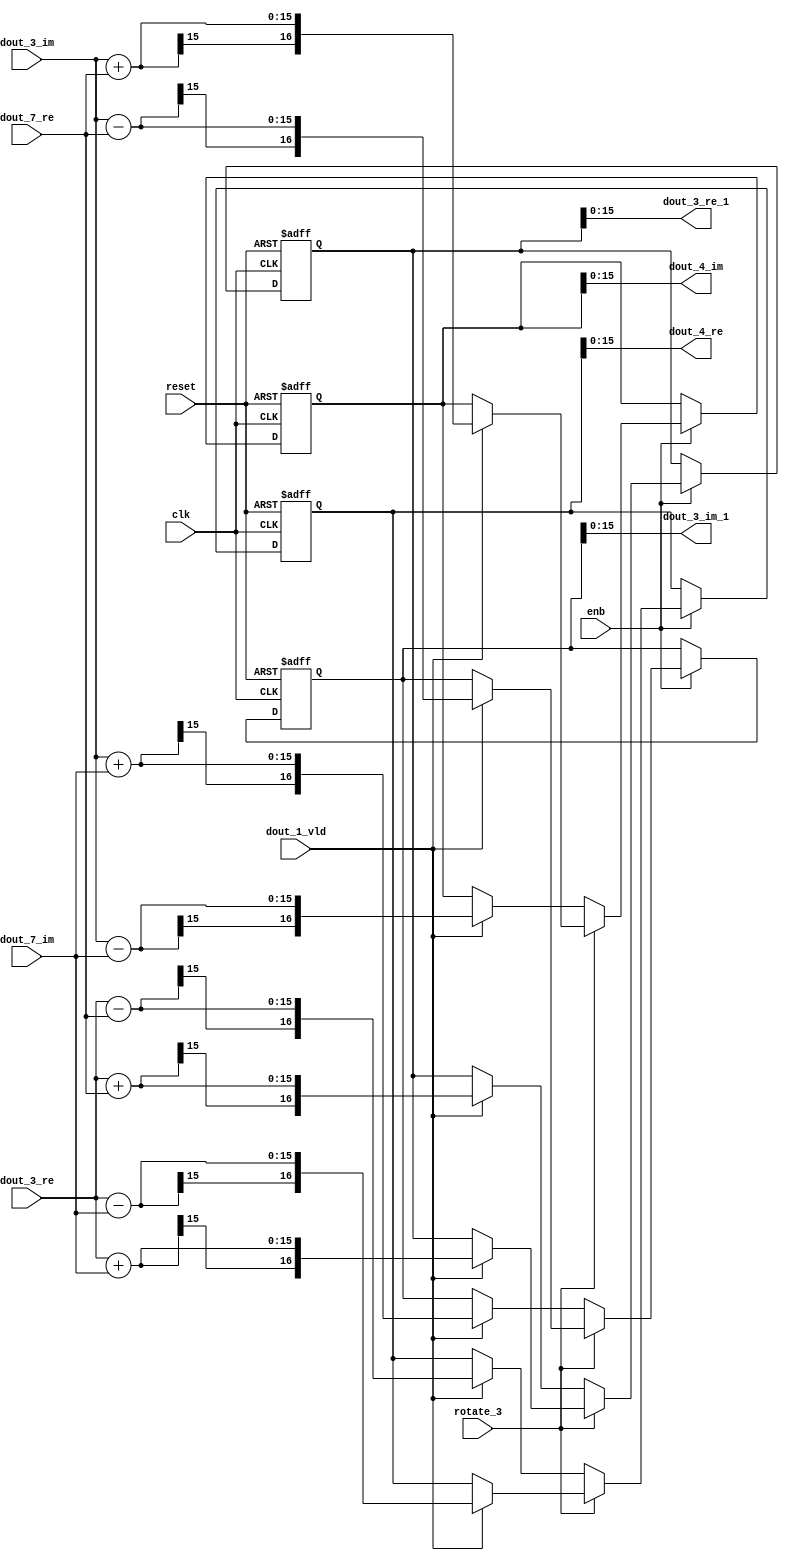
// -------------------------------------------------------------
// 
// 
// Generated by MATLAB 9.14 and HDL Coder 4.1
// 
// -------------------------------------------------------------


// -------------------------------------------------------------
// 
// Module: RADIX22FFT_SDNF2_4_block
// Source Path: RSP/RSP/Velocity Processor/Doppler Processing/Doppler Processor/FFT/RADIX22FFT_SDNF2_4
// Hierarchy Level: 5
// 
// -------------------------------------------------------------

`timescale 1 ns / 1 ns

module RADIX22FFT_SDNF2_4_block
          (clk,
           reset,
           enb,
           rotate_3,
           dout_3_re,
           dout_3_im,
           dout_7_re,
           dout_7_im,
           dout_1_vld,
           dout_3_re_1,
           dout_3_im_1,
           dout_4_re,
           dout_4_im);


  input   clk;
  input   reset;
  input   enb;
  input   rotate_3;  // ufix1
  input   signed [14:0] dout_3_re;  // sfix15_En10
  input   signed [14:0] dout_3_im;  // sfix15_En10
  input   signed [14:0] dout_7_re;  // sfix15_En10
  input   signed [14:0] dout_7_im;  // sfix15_En10
  input   dout_1_vld;
  output  signed [15:0] dout_3_re_1;  // sfix16_En10
  output  signed [15:0] dout_3_im_1;  // sfix16_En10
  output  signed [15:0] dout_4_re;  // sfix16_En10
  output  signed [15:0] dout_4_im;  // sfix16_En10


  wire signed [15:0] din1_re;  // sfix16_En10
  wire signed [15:0] din1_im;  // sfix16_En10
  wire signed [15:0] din2_re;  // sfix16_En10
  wire signed [15:0] din2_im;  // sfix16_En10
  reg  Radix22ButterflyG2_NF_din_vld_dly;
  reg signed [16:0] Radix22ButterflyG2_NF_btf1_re_reg;  // sfix17
  reg signed [16:0] Radix22ButterflyG2_NF_btf1_im_reg;  // sfix17
  reg signed [16:0] Radix22ButterflyG2_NF_btf2_re_reg;  // sfix17
  reg signed [16:0] Radix22ButterflyG2_NF_btf2_im_reg;  // sfix17
  reg  Radix22ButterflyG2_NF_din_vld_dly_next;
  reg signed [16:0] Radix22ButterflyG2_NF_btf1_re_reg_next;  // sfix17_En10
  reg signed [16:0] Radix22ButterflyG2_NF_btf1_im_reg_next;  // sfix17_En10
  reg signed [16:0] Radix22ButterflyG2_NF_btf2_re_reg_next;  // sfix17_En10
  reg signed [16:0] Radix22ButterflyG2_NF_btf2_im_reg_next;  // sfix17_En10
  reg signed [15:0] dout_3_re_2;  // sfix16_En10
  reg signed [15:0] dout_3_im_2;  // sfix16_En10
  reg signed [15:0] dout_4_re_1;  // sfix16_En10
  reg signed [15:0] dout_4_im_1;  // sfix16_En10
  reg  dout_4_vld;
  reg signed [16:0] Radix22ButterflyG2_NF_add_cast;  // sfix17_En10
  reg signed [16:0] Radix22ButterflyG2_NF_add_cast_0;  // sfix17_En10
  reg signed [16:0] Radix22ButterflyG2_NF_add_cast_1;  // sfix17_En10
  reg signed [16:0] Radix22ButterflyG2_NF_add_cast_2;  // sfix17_En10
  reg signed [16:0] Radix22ButterflyG2_NF_sub_cast;  // sfix17_En10
  reg signed [16:0] Radix22ButterflyG2_NF_sub_cast_0;  // sfix17_En10
  reg signed [16:0] Radix22ButterflyG2_NF_sub_cast_1;  // sfix17_En10
  reg signed [16:0] Radix22ButterflyG2_NF_sub_cast_2;  // sfix17_En10
  reg signed [16:0] Radix22ButterflyG2_NF_add_cast_3;  // sfix17_En10
  reg signed [16:0] Radix22ButterflyG2_NF_add_cast_4;  // sfix17_En10
  reg signed [16:0] Radix22ButterflyG2_NF_add_cast_5;  // sfix17_En10
  reg signed [16:0] Radix22ButterflyG2_NF_add_cast_6;  // sfix17_En10
  reg signed [16:0] Radix22ButterflyG2_NF_sub_cast_3;  // sfix17_En10
  reg signed [16:0] Radix22ButterflyG2_NF_sub_cast_4;  // sfix17_En10
  reg signed [16:0] Radix22ButterflyG2_NF_sub_cast_5;  // sfix17_En10
  reg signed [16:0] Radix22ButterflyG2_NF_sub_cast_6;  // sfix17_En10


  assign din1_re = {dout_3_re[14], dout_3_re};



  assign din1_im = {dout_3_im[14], dout_3_im};



  assign din2_re = {dout_7_re[14], dout_7_re};



  assign din2_im = {dout_7_im[14], dout_7_im};



  // Radix22ButterflyG2_NF
  always @(posedge clk or posedge reset)
    begin : Radix22ButterflyG2_NF_process
      if (reset == 1'b1) begin
        Radix22ButterflyG2_NF_din_vld_dly <= 1'b0;
        Radix22ButterflyG2_NF_btf1_re_reg <= 17'sb00000000000000000;
        Radix22ButterflyG2_NF_btf1_im_reg <= 17'sb00000000000000000;
        Radix22ButterflyG2_NF_btf2_re_reg <= 17'sb00000000000000000;
        Radix22ButterflyG2_NF_btf2_im_reg <= 17'sb00000000000000000;
      end
      else begin
        if (enb) begin
          Radix22ButterflyG2_NF_din_vld_dly <= Radix22ButterflyG2_NF_din_vld_dly_next;
          Radix22ButterflyG2_NF_btf1_re_reg <= Radix22ButterflyG2_NF_btf1_re_reg_next;
          Radix22ButterflyG2_NF_btf1_im_reg <= Radix22ButterflyG2_NF_btf1_im_reg_next;
          Radix22ButterflyG2_NF_btf2_re_reg <= Radix22ButterflyG2_NF_btf2_re_reg_next;
          Radix22ButterflyG2_NF_btf2_im_reg <= Radix22ButterflyG2_NF_btf2_im_reg_next;
        end
      end
    end

  always @(Radix22ButterflyG2_NF_btf1_im_reg, Radix22ButterflyG2_NF_btf1_re_reg,
       Radix22ButterflyG2_NF_btf2_im_reg, Radix22ButterflyG2_NF_btf2_re_reg,
       Radix22ButterflyG2_NF_din_vld_dly, din1_im, din1_re, din2_im, din2_re,
       dout_1_vld, rotate_3) begin
    Radix22ButterflyG2_NF_add_cast_1 = 17'sb00000000000000000;
    Radix22ButterflyG2_NF_add_cast_2 = 17'sb00000000000000000;
    Radix22ButterflyG2_NF_sub_cast_1 = 17'sb00000000000000000;
    Radix22ButterflyG2_NF_sub_cast_2 = 17'sb00000000000000000;
    Radix22ButterflyG2_NF_add_cast_5 = 17'sb00000000000000000;
    Radix22ButterflyG2_NF_add_cast_6 = 17'sb00000000000000000;
    Radix22ButterflyG2_NF_sub_cast_5 = 17'sb00000000000000000;
    Radix22ButterflyG2_NF_sub_cast_6 = 17'sb00000000000000000;
    Radix22ButterflyG2_NF_add_cast = 17'sb00000000000000000;
    Radix22ButterflyG2_NF_add_cast_0 = 17'sb00000000000000000;
    Radix22ButterflyG2_NF_sub_cast = 17'sb00000000000000000;
    Radix22ButterflyG2_NF_sub_cast_0 = 17'sb00000000000000000;
    Radix22ButterflyG2_NF_add_cast_3 = 17'sb00000000000000000;
    Radix22ButterflyG2_NF_add_cast_4 = 17'sb00000000000000000;
    Radix22ButterflyG2_NF_sub_cast_3 = 17'sb00000000000000000;
    Radix22ButterflyG2_NF_sub_cast_4 = 17'sb00000000000000000;
    Radix22ButterflyG2_NF_btf1_re_reg_next = Radix22ButterflyG2_NF_btf1_re_reg;
    Radix22ButterflyG2_NF_btf1_im_reg_next = Radix22ButterflyG2_NF_btf1_im_reg;
    Radix22ButterflyG2_NF_btf2_re_reg_next = Radix22ButterflyG2_NF_btf2_re_reg;
    Radix22ButterflyG2_NF_btf2_im_reg_next = Radix22ButterflyG2_NF_btf2_im_reg;
    Radix22ButterflyG2_NF_din_vld_dly_next = dout_1_vld;
    if (rotate_3 != 1'b0) begin
      if (dout_1_vld) begin
        Radix22ButterflyG2_NF_add_cast_1 = {din1_re[15], din1_re};
        Radix22ButterflyG2_NF_add_cast_2 = {din2_im[15], din2_im};
        Radix22ButterflyG2_NF_btf1_re_reg_next = Radix22ButterflyG2_NF_add_cast_1 + Radix22ButterflyG2_NF_add_cast_2;
        Radix22ButterflyG2_NF_sub_cast_1 = {din1_re[15], din1_re};
        Radix22ButterflyG2_NF_sub_cast_2 = {din2_im[15], din2_im};
        Radix22ButterflyG2_NF_btf2_re_reg_next = Radix22ButterflyG2_NF_sub_cast_1 - Radix22ButterflyG2_NF_sub_cast_2;
        Radix22ButterflyG2_NF_add_cast_5 = {din1_im[15], din1_im};
        Radix22ButterflyG2_NF_add_cast_6 = {din2_re[15], din2_re};
        Radix22ButterflyG2_NF_btf2_im_reg_next = Radix22ButterflyG2_NF_add_cast_5 + Radix22ButterflyG2_NF_add_cast_6;
        Radix22ButterflyG2_NF_sub_cast_5 = {din1_im[15], din1_im};
        Radix22ButterflyG2_NF_sub_cast_6 = {din2_re[15], din2_re};
        Radix22ButterflyG2_NF_btf1_im_reg_next = Radix22ButterflyG2_NF_sub_cast_5 - Radix22ButterflyG2_NF_sub_cast_6;
      end
    end
    else if (dout_1_vld) begin
      Radix22ButterflyG2_NF_add_cast = {din1_re[15], din1_re};
      Radix22ButterflyG2_NF_add_cast_0 = {din2_re[15], din2_re};
      Radix22ButterflyG2_NF_btf1_re_reg_next = Radix22ButterflyG2_NF_add_cast + Radix22ButterflyG2_NF_add_cast_0;
      Radix22ButterflyG2_NF_sub_cast = {din1_re[15], din1_re};
      Radix22ButterflyG2_NF_sub_cast_0 = {din2_re[15], din2_re};
      Radix22ButterflyG2_NF_btf2_re_reg_next = Radix22ButterflyG2_NF_sub_cast - Radix22ButterflyG2_NF_sub_cast_0;
      Radix22ButterflyG2_NF_add_cast_3 = {din1_im[15], din1_im};
      Radix22ButterflyG2_NF_add_cast_4 = {din2_im[15], din2_im};
      Radix22ButterflyG2_NF_btf1_im_reg_next = Radix22ButterflyG2_NF_add_cast_3 + Radix22ButterflyG2_NF_add_cast_4;
      Radix22ButterflyG2_NF_sub_cast_3 = {din1_im[15], din1_im};
      Radix22ButterflyG2_NF_sub_cast_4 = {din2_im[15], din2_im};
      Radix22ButterflyG2_NF_btf2_im_reg_next = Radix22ButterflyG2_NF_sub_cast_3 - Radix22ButterflyG2_NF_sub_cast_4;
    end
    dout_3_re_2 = Radix22ButterflyG2_NF_btf1_re_reg[15:0];
    dout_3_im_2 = Radix22ButterflyG2_NF_btf1_im_reg[15:0];
    dout_4_re_1 = Radix22ButterflyG2_NF_btf2_re_reg[15:0];
    dout_4_im_1 = Radix22ButterflyG2_NF_btf2_im_reg[15:0];
    dout_4_vld = Radix22ButterflyG2_NF_din_vld_dly;
  end



  assign dout_3_re_1 = dout_3_re_2;

  assign dout_3_im_1 = dout_3_im_2;

  assign dout_4_re = dout_4_re_1;

  assign dout_4_im = dout_4_im_1;

endmodule  // RADIX22FFT_SDNF2_4_block